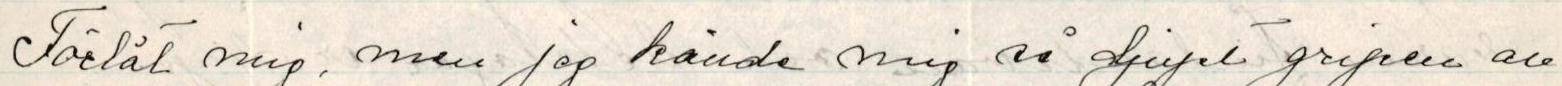
Förlåt mig, men jag kände mig så djupt gripen av